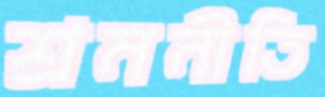
শ্রমনীতি